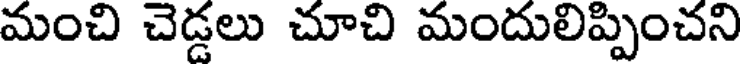
మంచి చెడ్డలు చూచి మందులిప్పించని